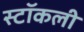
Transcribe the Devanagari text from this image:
स्टॉकली